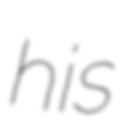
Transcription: his